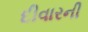
દીવારની